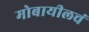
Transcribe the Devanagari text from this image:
मोबायीलचं